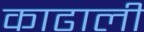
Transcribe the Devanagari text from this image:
काढाली